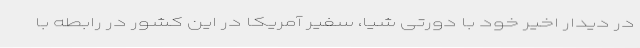
در دیدار اخیر خود با دورتی شیا، سفیر آمریکا در این کشور در رابطه با